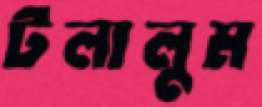
টলালুম